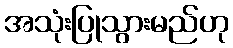
အသုံးပြုသွားမည်ဟု